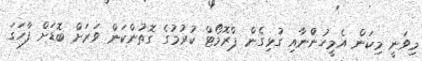
މިވަނީ މިކަން އެމީހުންްނާއި ގުޅިގެން ޕްރޮމޯޓް ކުރުމުގެ ގޮތުންކަން ވަރަށް ބޮޑަށް ފާހަގަ